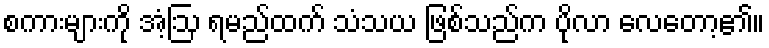
စကားများကို အံ့ဩ ရမည်ထက် သံသယ ဖြစ်သည်က ပိုလာ လေတော့၏။